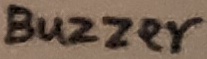
Text: BUZZER